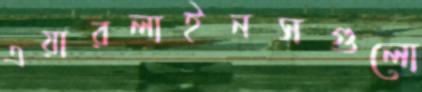
এয়ারলাইনসগুলো